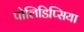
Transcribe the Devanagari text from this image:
पोलिडिप्सिया